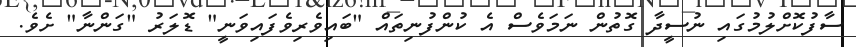
ސާފުކޮށްލުމުގައި ނުސީދާ ގޮތުން ނަމަވެސް އެ ކުންފުނިތައް "ބައިވެރިވެފައިވަނީ" ޑޮލަރު "ގަންނާ" ށެވެ.